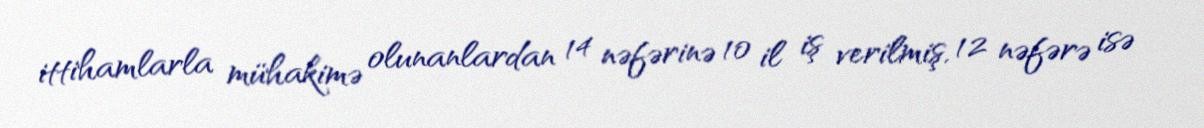
ittihamlarla mühakimə olunanlardan 14 nəfərinə 10 il iş verilmiş, 12 nəfərə isə